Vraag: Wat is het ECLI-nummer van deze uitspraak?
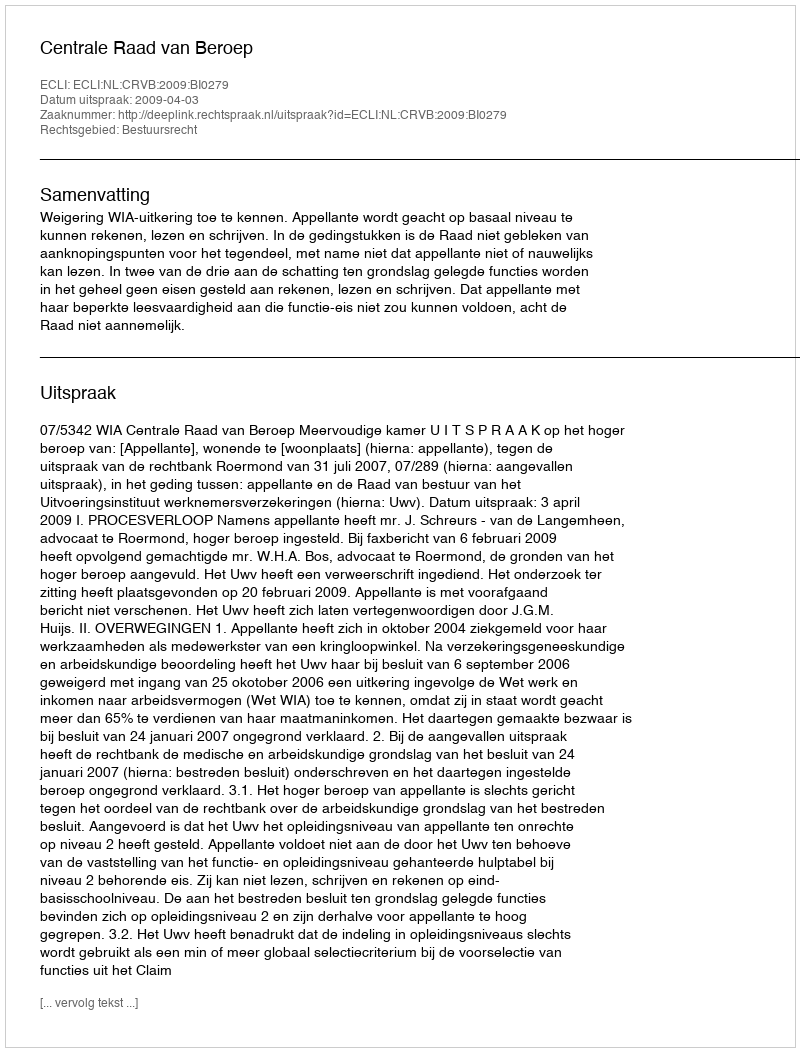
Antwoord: ECLI:NL:CRVB:2009:BI0279